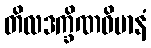
တိလဒက္ခိဏဝိမာနံ